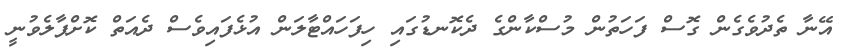
އޭނާ ތެދުވެގެން ގޮސް ފަހަތުން މުސްކާންގެ ދެކޮނޑުގައި ހިފަހައްޓާލަން އުޅެފައިވެސް ދެއަތް ކޮށްޕާލެވުނީ